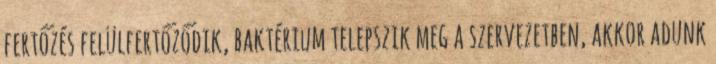
fertőzés felülfertőződik, baktérium telepszik meg a szervezetben, akkor adunk